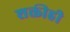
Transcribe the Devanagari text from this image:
शक्तीही